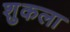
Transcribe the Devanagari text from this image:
शुकला